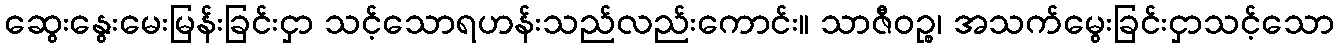
ဆွေးနွေးမေးမြန်းခြင်းငှာ သင့်သောရဟန်းသည်လည်းကောင်း။ သာဇီဝဉ္စ၊ အသက်မွေးခြင်းငှာသင့်သော